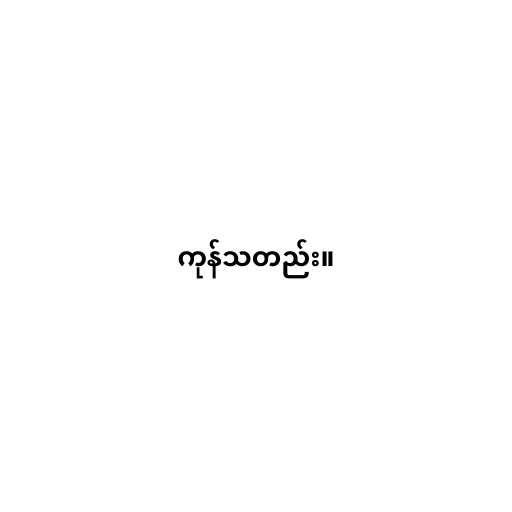
ကုန်သတည်း။